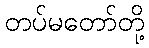
တပ်မတော်တို့